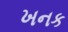
ખનક